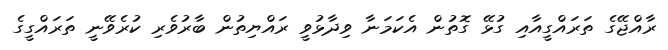
ރާއްޖޭގެ ތަރައްގީއާއި ގުޅޭ ގޮތުން އެކަމަނާ ވިދާޅުވީ ރައްޔިތުން ބާރުވެރި ކުރެވޭނީ ތަރައްގީގެ